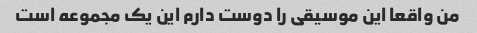
من واقعا این موسیقی را دوست دارم این یک مجموعه است